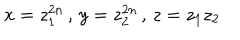
LaTeX: x = z _ { 1 } ^ { 2 n } \, , \, y = z _ { 2 } ^ { 2 n } \, , \, z = z _ { 1 } z _ { 2 }